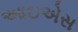
આઇએસ